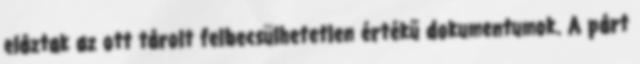
eláztak az ott tárolt felbecsülhetetlen értékű dokumentumok. A párt